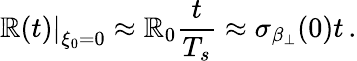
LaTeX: \left.\mathbb{R}(t)\right|_{\xi_{0}=0}\approx\mathbb{R}_{0}\frac{{t}}{{T_{s}}}\approx\sigma_{\beta_{\perp}}(0)t\, .